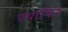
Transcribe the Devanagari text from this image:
स्थापिन